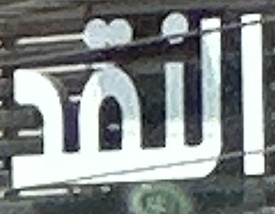
النقد